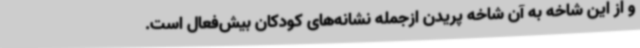
و از این شاخه به آن شاخه پریدن ازجمله نشانه‌های کودکان بیش‌فعال است.